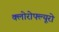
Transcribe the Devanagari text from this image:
क्लोरोफ्ल्यूरो